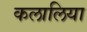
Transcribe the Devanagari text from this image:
कलालिया